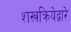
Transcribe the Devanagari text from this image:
शस्त्रक्रियेद्वारे